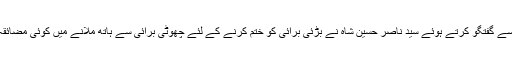
میڈیا سے گفتگو کرتے ہوئے سید ناصر حسین شاہ نے بڑئی برائی کو ختم کرنے کے لئے چھوٹی برائی سے ہاتھ ملانے میں کوئی مضائقہ نہیں۔